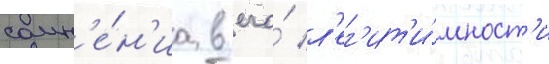
сомн'е́н'иа в его́ л'ег'ит'и́мност'и